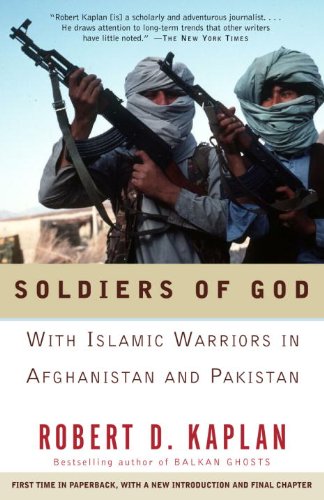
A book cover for Soldiers of God: With Islamic Warriors in Afghanistan and Pakistan; Robert D. Kaplan; History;